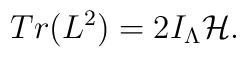
Tr(L^2)=2I_{\Lambda}{\cal H}.